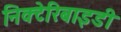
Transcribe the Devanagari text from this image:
निक्टेरिबाइडी